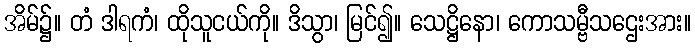
အိမ်၌။ တံ ဒါရကံ၊ ထိုသူငယ်ကို။ ဒိသွာ၊ မြင်၍။ သေဋ္ဌိနော၊ ကောသမ္ဗီသဌေးအား။